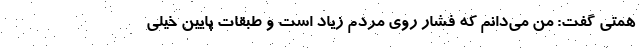
همتی گفت: من می‌دانم که فشار روی مردم زیاد است و طبقات پایین خیلی